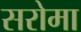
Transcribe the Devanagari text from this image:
सरोमा